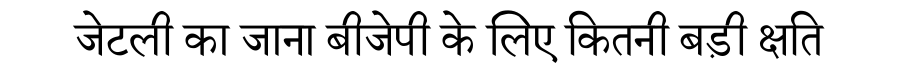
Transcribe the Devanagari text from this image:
जेटली का जाना बीजेपी के लिए कितनी बड़ी क्षति